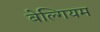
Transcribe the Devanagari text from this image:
बेल्गियम